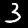
Digit: 3